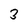
Character: 3